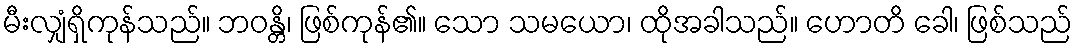
မီးလျှံရှိကုန်သည်။ ဘဝန္တိ၊ ဖြစ်ကုန်၏။ သော သမယော၊ ထိုအခါသည်။ ဟောတိ ခေါ၊ ဖြစ်သည်